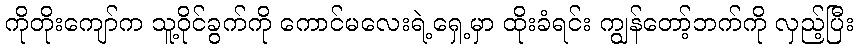
ကိုတိုးကျော်က သူ့ဝိုင်ခွက်ကို ကောင်မလေးရဲ့ရှေ့မှာ ထိုးခံရင်း ကျွန်တော့်ဘက်ကို လှည့်ပြီး